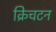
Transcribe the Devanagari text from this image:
क्रिचटन